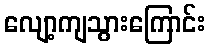
လျော့ကျသွားကြောင်း